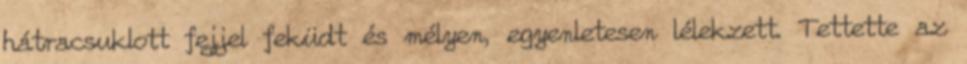
hátracsuklott fejjel feküdt és mélyen, egyenletesen lélekzett. Tettette az